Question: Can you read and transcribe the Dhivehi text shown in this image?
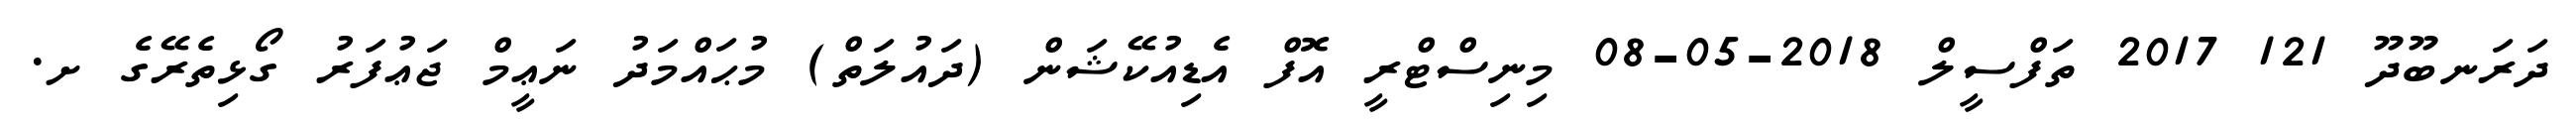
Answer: ދަރަނބޫދޫ 121 2017 ތަފްސީލް 2018-05-08 މިނިސްޓްރީ އޮފް އެޑިއުކޭޝަން (ދައުލަތް) މުޙައްމަދު ނަޢީމް ޖަޢުފަރު ގޯޅިތެރޭގެ ށ.